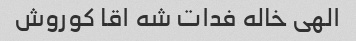
الهی خاله فدات شه اقا کوروش